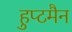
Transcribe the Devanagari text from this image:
हुप्टमैन